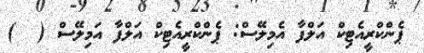
ޕެންކްރީއެޓިކް އަލްފާ އެމިލޭސް: ޕެންކްރީއެޓިކް އަލްފާ އަމިލޭސް (  )